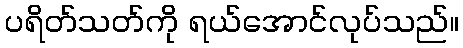
ပရိတ်သတ်ကို ရယ်အောင်လုပ်သည်။